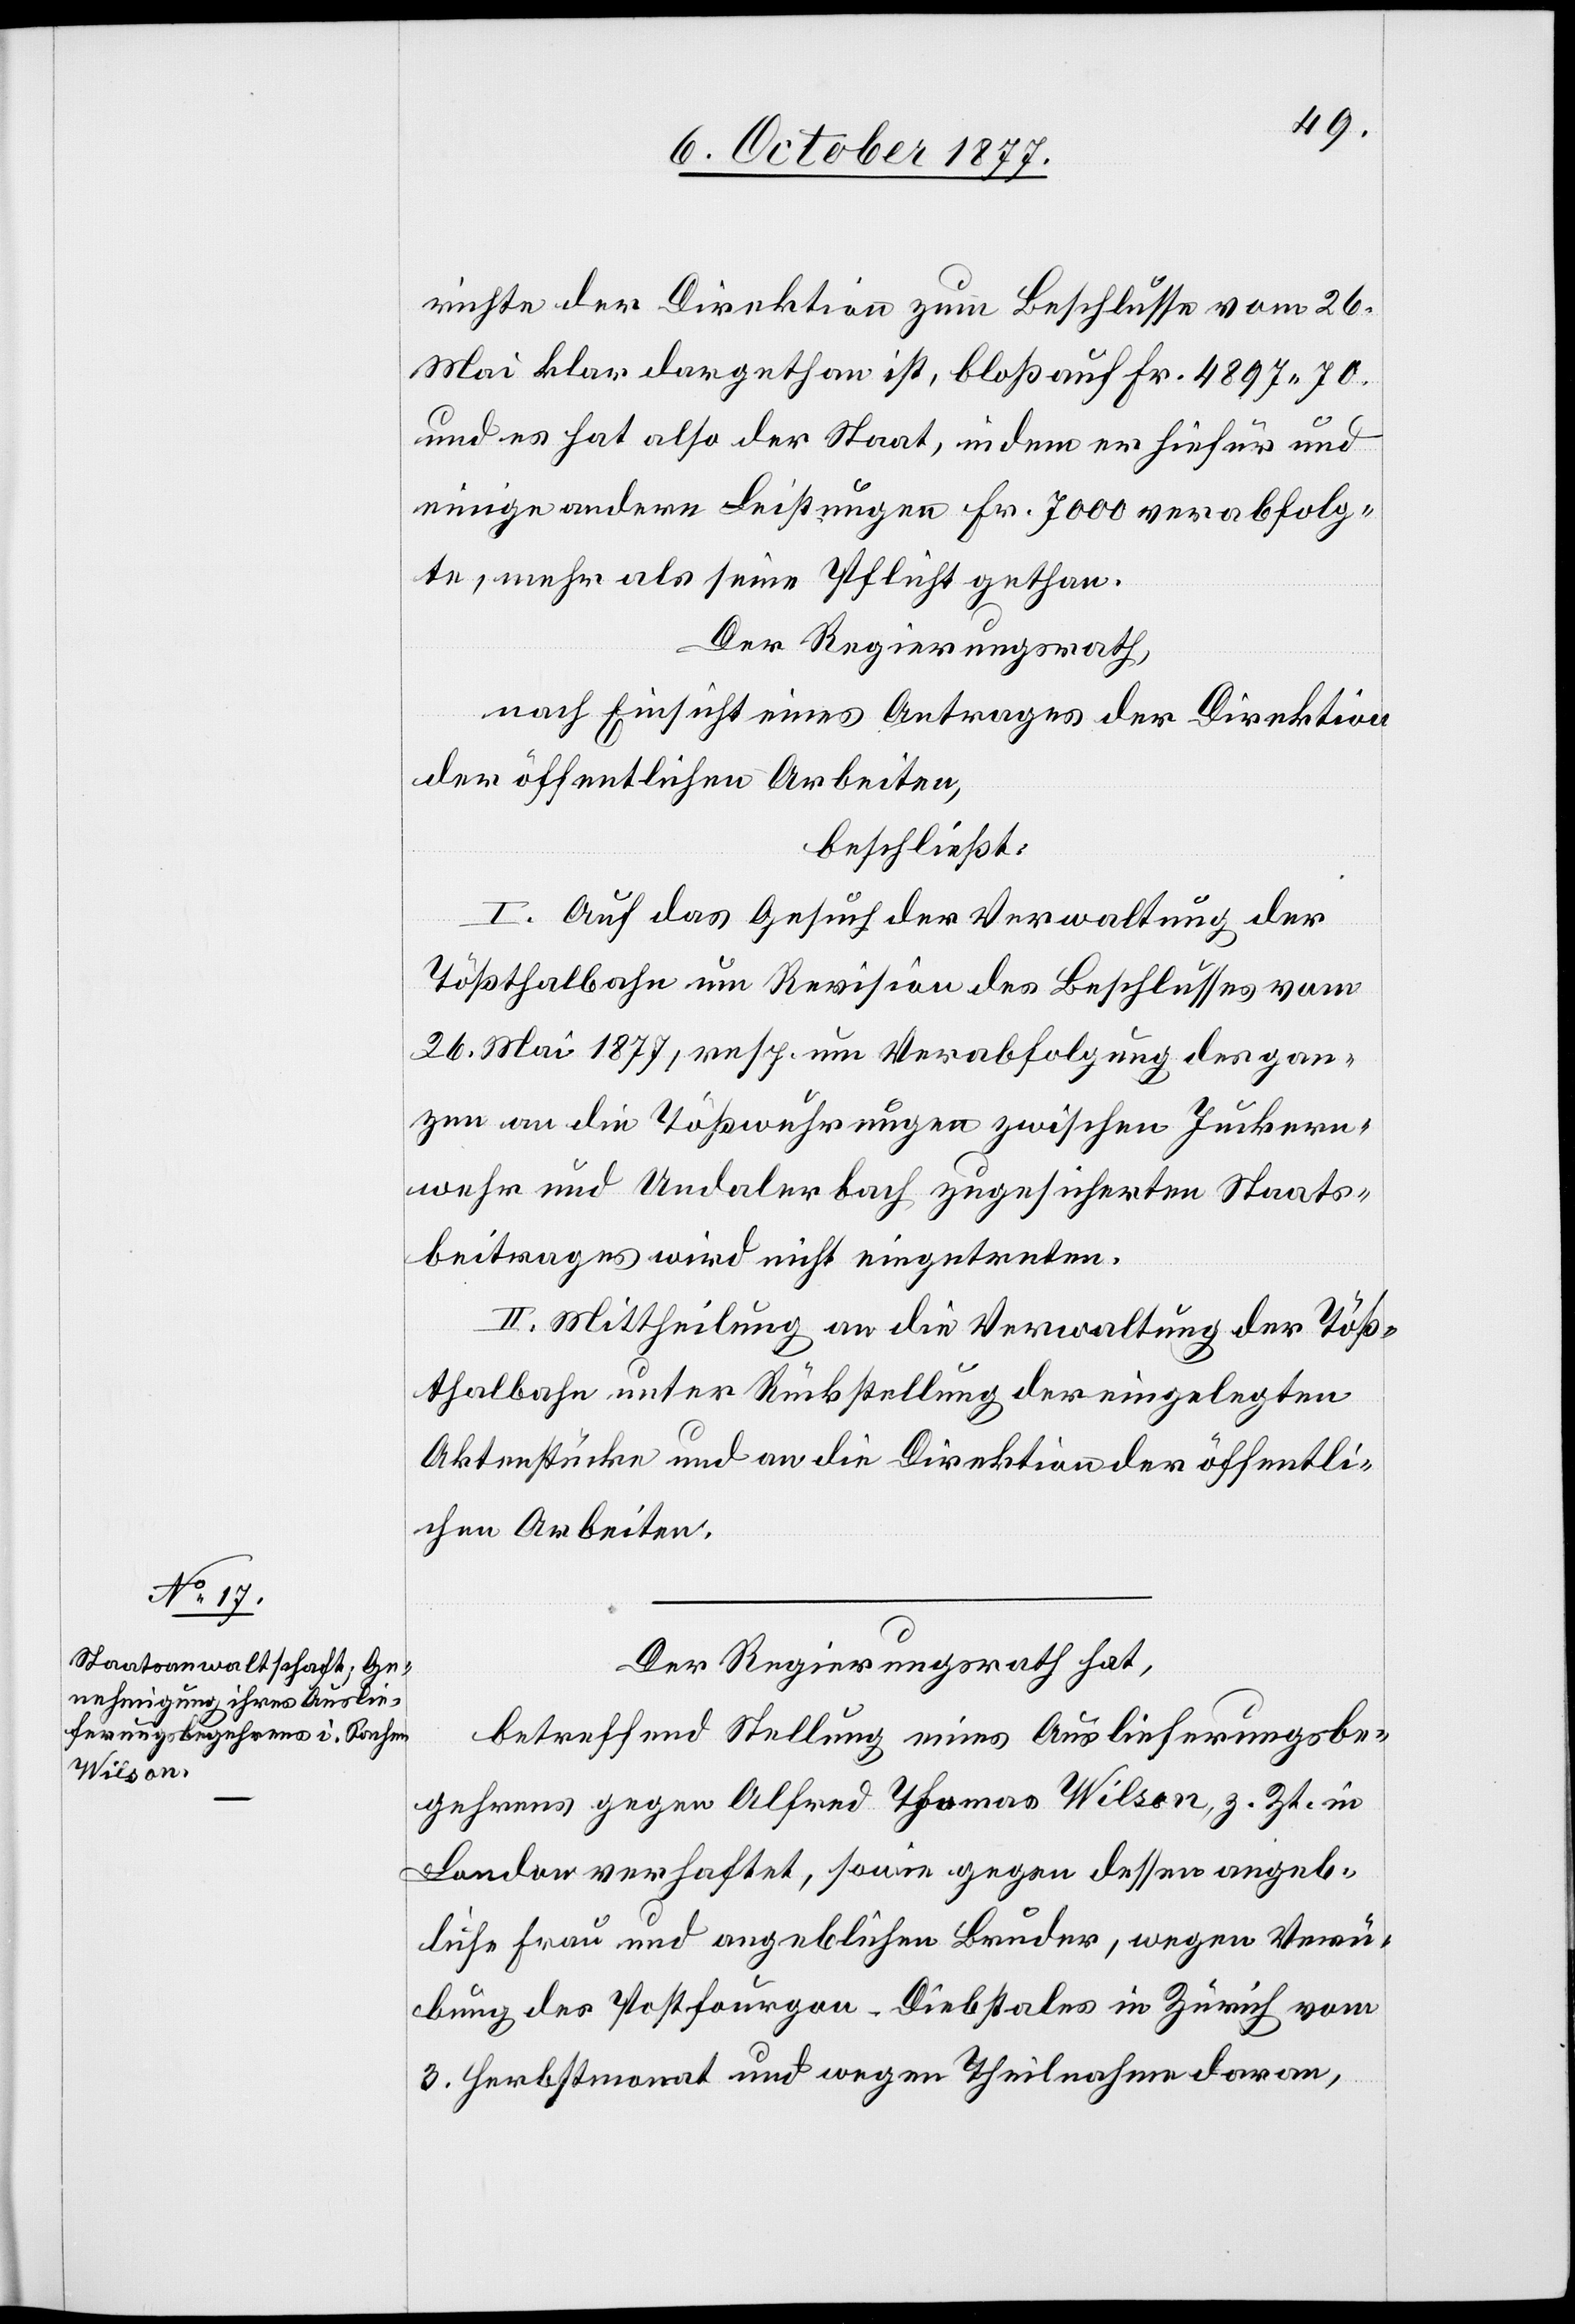
richte der Direktion zum Beschlusse vom 26.
Mai klar dargethan ist, bloß auf Fr. 4897 70.
und es hat also der Staat, indem er hiefür und
einige andere Leistungen Fr. 7000 verabfolg¬
te, mehr als seine Pflicht gethan.
Der Regierungsrath,
nach Einsicht eines Antrages der Direktion
der öffentlichen Arbeiten,
beschließt:
I. Auf das Gesuch der Verwaltung der
Tößthalbahn um Revision des Beschlusses vom
26. Mai 1877, resp. um Verabfolgung des gan¬
zen an die Tößwuhrungen zwischen Juckern¬
wehr und Undalerbach zugesicherten Staats¬
beitrages wird nicht eingetreten.
II. Mittheilung an die Verwaltung der Töß¬
thalbahn unter Rückstellung der eingelegten
Aktenstücke und an die Direktion der öffentli¬
chen Arbeiten.
Der Regierungsrath hat,
betreffend Stellung eines Auslieferungsbe¬
gehrens gegen Alfred Thomas Wilson, z. Zt. in
London verhaftet, sowie gegen dessen angeb¬
liche Frau und angeblichen Bruder, wegen Verü¬
bung des Postfourgon-Diebstales in Zürich vom
3. Herbstmonat und wegen Theilnahme daran,